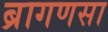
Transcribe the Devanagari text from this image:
ब्रागणसा